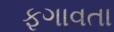
ફગાવતા